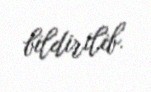
bildirilib.